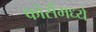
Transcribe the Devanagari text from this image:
फोर्समध्ये